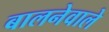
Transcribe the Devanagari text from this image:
बालनेवाले